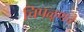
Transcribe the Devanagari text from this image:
चिपळूणचे